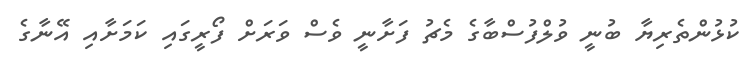
ކުޅުންތެރިޔާ ބުނީ ވުލްފުސްބާގެ މެޗު ފަށާނީ ވެސް ވަރަށް ފޯރީގައި ކަމަށާއި އޭނާގެ